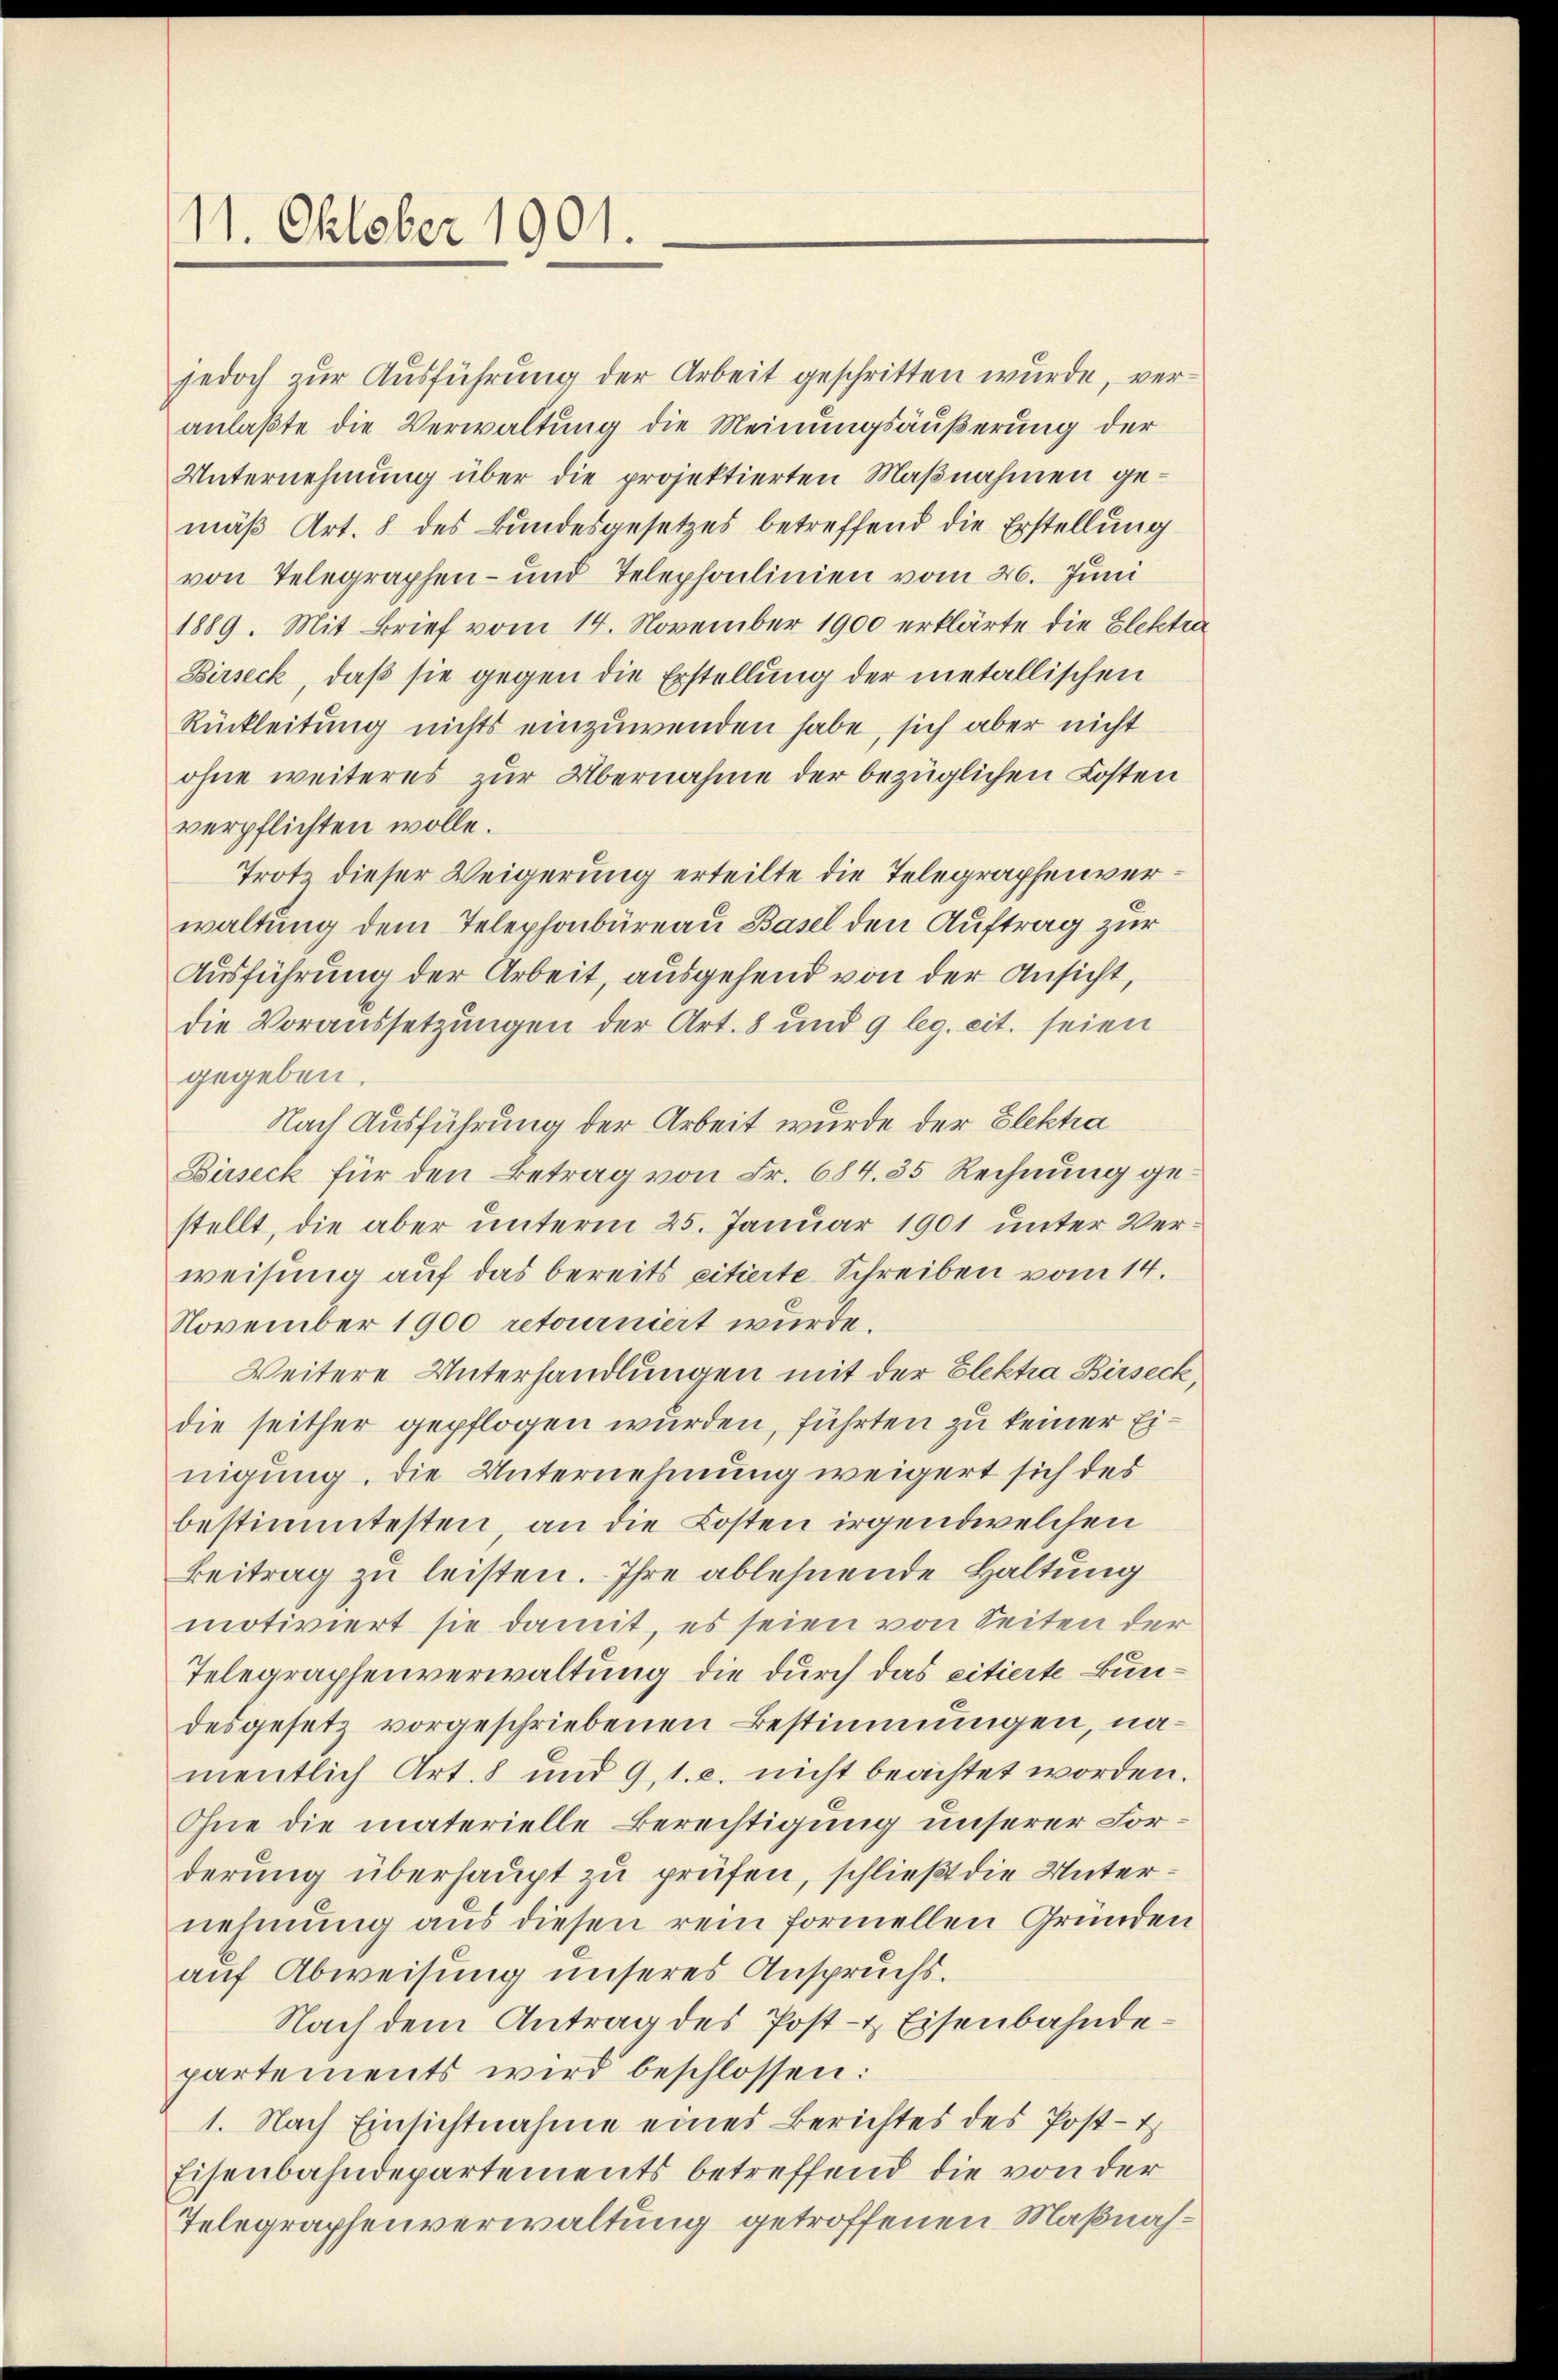
11. Oktober 1901.

jedoch zur Ausführung der Arbeit geschritten wurde, veranlaßte die Verwaltung die Meinungsäußerung der
Unternehmung über die projektierten Maßnahmen gemäß Art. 8 des Bundesgesetzes betreffend die Erstellung
von Telegraphen- und Telephonlinien vom 26. Juni
1889. Mit Brief vom 14. November 1900 erklärte die Elektia
Birseck, daß sie gegen die Erstellung der metallischen
Rückleitung nichts einzuwenden habe, sich aber nicht
ohne weiteres zur Übernahme der bezüglichen Kosten
verpflichten wolle.
Trotz dieser Weigerung erteilte die Telegraphenverwaltung dem Telephonbüreau Basel den Auftrag zur
Ausführung der Arbeit, ausgehend von der Ansicht,
die Voraussetzungen der Art. 8 und 9 leg. cit. seien
gegeben.
Nach Ausführung der Arbeit wurde der Elektra
Birseck für den Betrag von Fr. 684. 35 Rechnung gestellt, die aber unterm 25. Januar 1901 unter Verweisung auf das bereits citierte Schreiben vom 14.
November 1900 retourniert wurde.
Weitere Unterhandlungen mit der Elektra Birseck,
die seither gepflogen wurden, führten zu keiner Einigung, die Unternehmung weigert sich des
bestimmtesten, an die Kosten irgendwelchen
Beitrag zu leisten. Ihre ablehnende Haltung
motiviert sie damit, es seien von Seiten der
Telegraphenverwaltung die durch das citierte Bundesgesetz vorgeschriebenen Bestimmungen, namentlich Art. 8 und 9, 1. c. nicht beachtet worden.
Ine die materielle Berechtigung unserer Forderung überhaupt zu prüfen, schließt die Unternehmung aus diesen rein formellen Gründen
auf Abweisung unseres Anspruchs.
Nach dem Antrag des Post- & Eisenbahndepartements wird beschlossen:
1. Nach Einsichtnahme eines Berichtes des Post-t
Eisenbahndepartements betreffend die von der
Telegraphenverwaltung getroffenen Maßnah¬